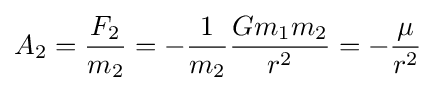
A_{2}={\frac {F_{2}}{m_{2}}}=-{\frac {1}{m_{2}}}{\frac {Gm_{1}m_{2}}{r^{2}}}=-{\frac {\mu }{r^{2}}}